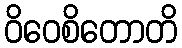
ဝိဝေစိတောတိ